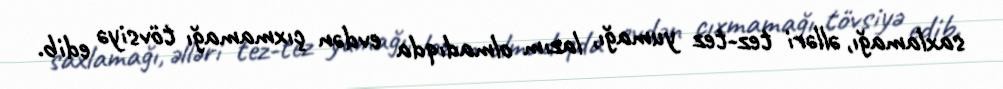
saxlamağı, əlləri tez-tez yumağı, lazım olmadıqda evdən çıxmamağı tövsiyə edib.